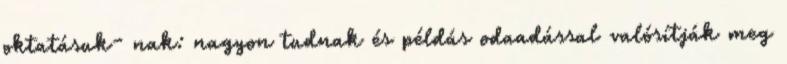
oktatásuk- nak: nagyon tudnak és példás odaadással valósítják meg